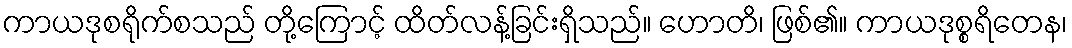
ကာယဒုစရိုက်စသည် တို့ကြောင့် ထိတ်လန့်ခြင်းရှိသည်။ ဟောတိ၊ ဖြစ်၏။ ကာယဒုစ္စရိတေန၊